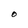
Character: O